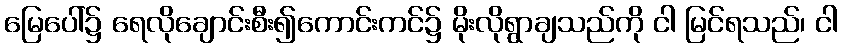
မြေပေါ်၌ ရေလိုချောင်းစီး၍ကောင်းကင်၌ မိုးလိုရွာချသည်ကို ငါ မြင်ရသည်၊ ငါ